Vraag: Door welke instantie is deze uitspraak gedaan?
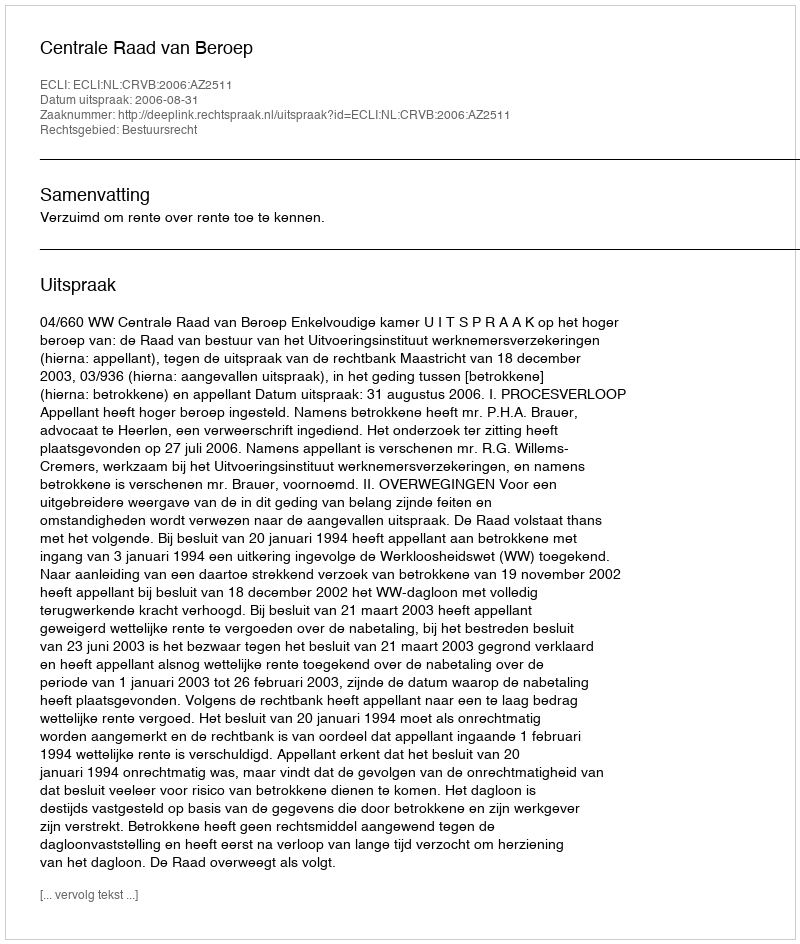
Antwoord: Centrale Raad van Beroep